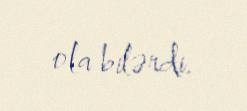
ola bilərdi.